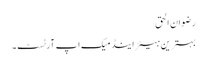
رضوان الحق
بہترین ہیئر اینڈ میک اپ آرٹسٹ۔